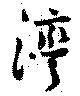
灣